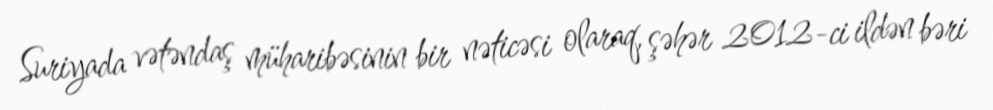
Suriyada vətəndaş müharibəsinin bir nəticəsi olaraq, şəhər 2012-ci ildən bəri